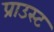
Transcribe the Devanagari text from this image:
प्राउस्ट